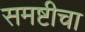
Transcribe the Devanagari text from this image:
समष्टीचा